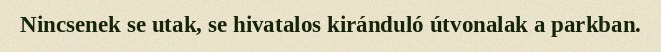
Nincsenek se utak, se hivatalos kiránduló útvonalak a parkban.